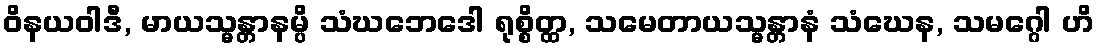
ဝိနယဝါဒီ, မာယသ္မန္တာနမ္ပိ သံဃဘေဒေါ ရုစ္စိတ္ထ, သမေတာယသ္မန္တာနံ သံဃေန, သမဂ္ဂေါ ဟိ